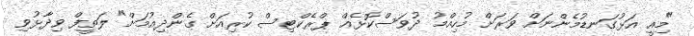
"މިއީ އަޅުގަނޑުމެންނަށް ވަރަށް މުހިއްމު ދުވަސްކޮޅެއް ޕްރެކްޓިސް ކުރިއަށް ގެންދިއުމަށް" ލަތީފް ވިދާޅުވި